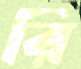
রি